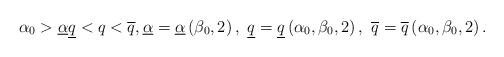
LaTeX: \begin{align*}\alpha _{0}>\underline{\alpha }\underline{q}<q<\overline{q},\underline{\alpha }=\underline{\alpha }\left( \beta _{0},2\right) ,~\underline{q}=\underline{q}\left( \alpha_{0},\beta _{0},2\right) ,~\overline{q}=\overline{q}\left( \alpha _{0},\beta_{0},2\right) . \end{align*}